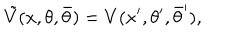
LaTeX: \tilde { V } ( x , \theta , \bar { \theta } ) = V ( x ^ { \prime } , \theta ^ { \prime } , \bar { \theta } ^ { \prime } ) ,